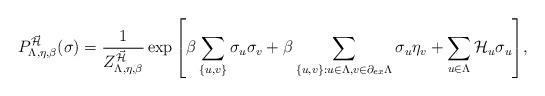
LaTeX: \begin{align*}P^{\vec{\mathcal{H}}}_{\Lambda,\eta,\beta}(\sigma)=\frac{1}{Z^{\vec{\mathcal{H}}}_{\Lambda,\eta,\beta}}\exp{\left[\beta\sum_{\{u,v\}}\sigma_u\sigma_v+\beta\sum_{\{u,v\}: u\in\Lambda, v\in\partial_{ex} \Lambda}\sigma_u\eta_v+\sum_{u\in\Lambda}\mathcal{H}_u\sigma_u\right]},\end{align*}